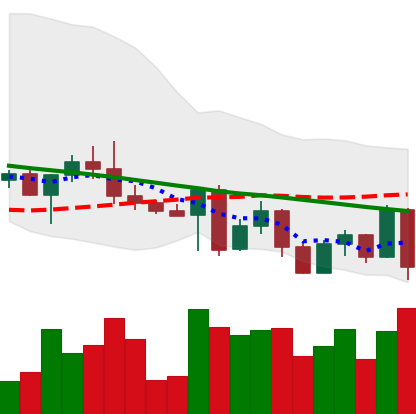
Ticker: ETH-USD
Chart end date: 2022-05-05
Forward return: -14.757%
Label: down_7plus